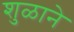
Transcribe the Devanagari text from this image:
शुळाने